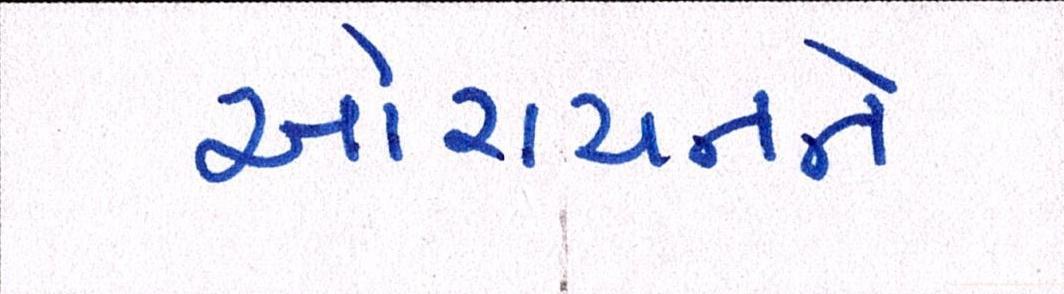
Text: ઓરાયનને